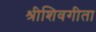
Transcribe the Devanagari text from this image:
श्रीशिवगीता